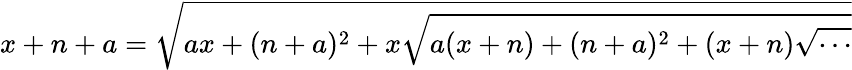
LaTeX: x+n+a={\sqrt{ax+(n+a)^{2}+x{\sqrt{a(x+n)+(n+a)^{2}+(x+n){\sqrt{\cdots}}}}}}